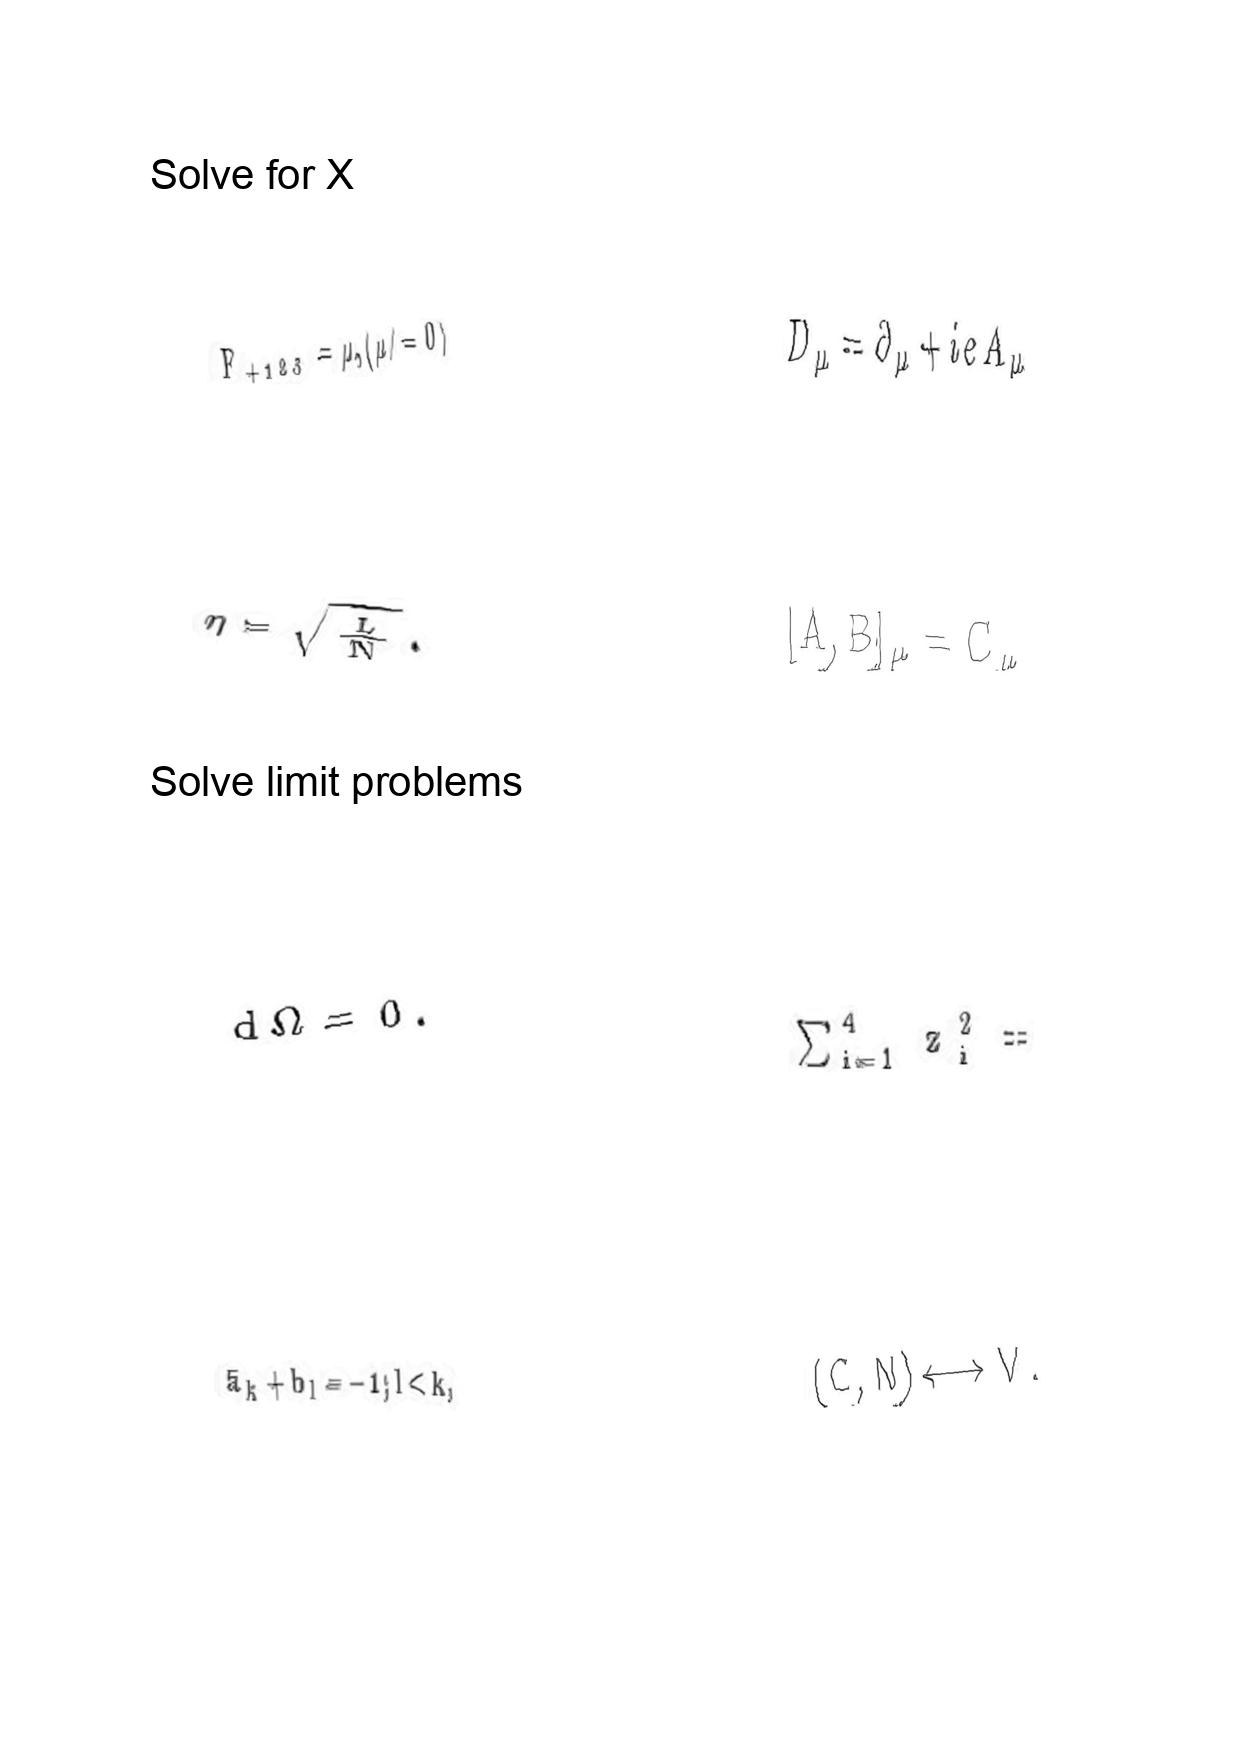
LaTeX transcription:
F _ { + 1 2 3 } = \mu , \lparen \mu \neq 0 \rparen
\eta = \sqrt { \frac { L } { N } } .
d \Omega = 0 .
\bar { a } _ { k } + b _ { l } = - 1 ; l \lt k ,
D _ { \mu } = \partial _ { \mu } + i e A _ { \mu }
\lbrack A , B \rbrack _ { \mu } = C _ { \mu }
\sum _ { i = 1 } ^ { 4 } z _ { i } ^ { 2 } =
\lparen C , N \rparen \longleftrightarrow V .